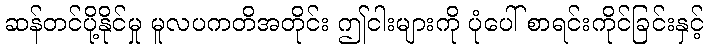
ဆန်တင်ပို့နိုင်မှု မူလပကတိအတိုင်း ဤငါးများကို ပုံပေါ် စာရင်းကိုင်ခြင်းနှင့်